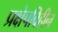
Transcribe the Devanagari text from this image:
प्रक्षेपविहीन